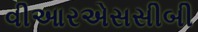
વીઆરએસસીબી